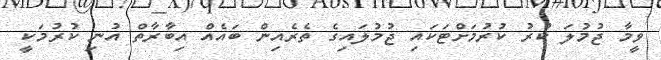
ވީމާ ޖުމުލަ ކުރު ކުރުމަށްޓަކައި ޖުމުލައިގެ ތެރެއިން ބައެއް އިބާރާތް އުނި ކުރުމަކީ